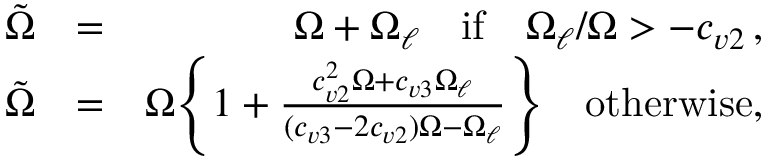
\begin{array} { r l r } { \tilde { \Omega } } & { = } & { \Omega + \Omega _ { \ell } \quad \mathrm { i f } \quad \Omega _ { \ell } / \Omega > - c _ { v 2 } \, , } \\ { \tilde { \Omega } } & { = } & { \Omega \Bigg \{ 1 + \frac { c _ { v 2 } ^ { 2 } \Omega + c _ { v 3 } \Omega _ { \ell } } { ( c _ { v 3 } - 2 c _ { v 2 } ) \Omega - \Omega _ { \ell } } \Bigg \} \quad \mathrm { o t h e r w i s e , } } \end{array}